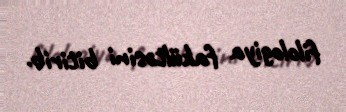
filologiya fakültəsini bitirib.